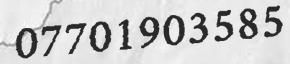
07701903585